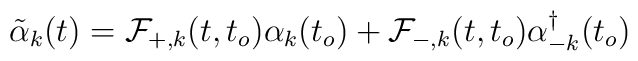
\tilde{\alpha}_k (t) = {\cal{F}}_{+,k}(t,t_o) {\alpha}_k(t_o) +{\cal{F}}_{-,k}(t,t_o){\alpha}^{\dagger}_{-k} (t_o)